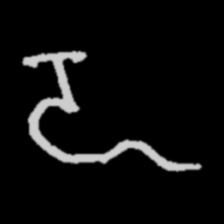
Pyu character \u2014 Myanmar letter: ဍ (romanized: dda)